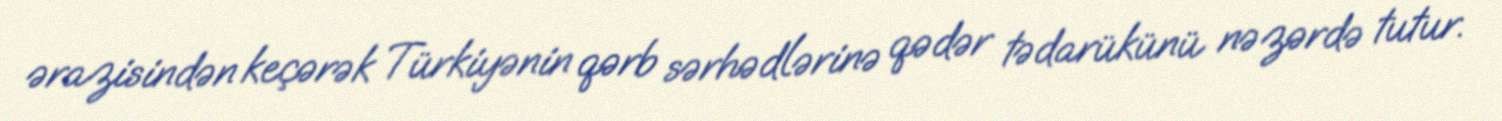
ərazisindən keçərək Türkiyənin qərb sərhədlərinə qədər tədarükünü nəzərdə tutur.